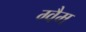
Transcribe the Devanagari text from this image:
ग्वैम